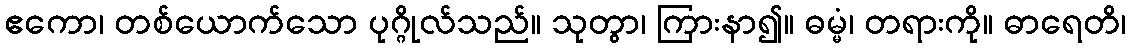
ဧကော၊ တစ်ယောက်သော ပုဂ္ဂိုလ်သည်။ သုတွာ၊ ကြားနာ၍။ ဓမ္မံ၊ တရားကို။ ဓာရေတိ၊